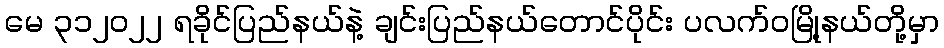
မေ ၃၁၂၀၂၂ ရခိုင်ပြည်နယ်နဲ့ ချင်းပြည်နယ်တောင်ပိုင်း ပလက်ဝမြို့နယ်တို့မှာ